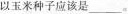
以玉米种子应该是___。